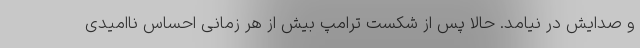
و صدایش در نیامد. حالا پس از شکست ترامپ بیش از هر زمانی احساس ناامیدی